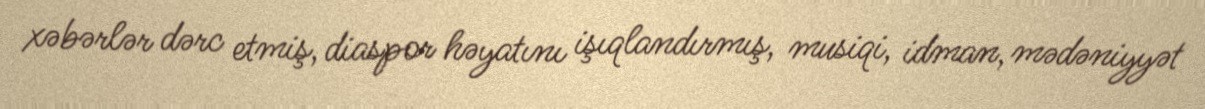
xəbərlər dərc etmiş, diaspor həyatını işıqlandırmış, musiqi, idman, mədəniyyət